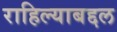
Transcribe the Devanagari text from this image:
राहिल्याबद्दल